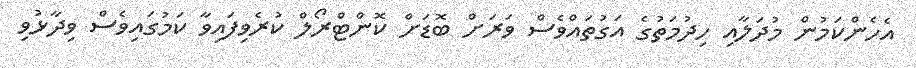
އެހެންކަމުން މުދަލާއި ހިދުމަތުގެ އަގުތައްވެސް ވަރަށް ބޮޑަށް ކޮންޓްރޯލް ކުރެވިފައިވާ ކަމުގައިވެސް ވިދާޅުވި